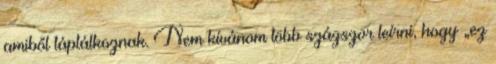
amiből táplálkoznak. Nem kívánom több százszor leírni, hogy „ez